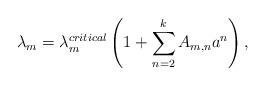
LaTeX: \begin{align*}\lambda_m=\lambda_m^{critical}\left(1+\sum_{n=2}^kA_{m,n}a^n\right),\end{align*}